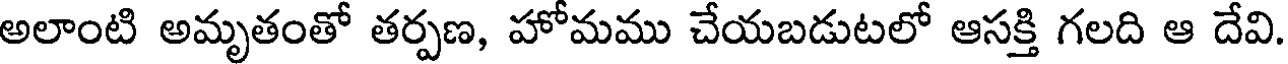
అలాంటి అమృతంతో తర్పణ, హోమము చేయబడుటలో ఆసక్తి గలది ఆ దేవి